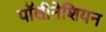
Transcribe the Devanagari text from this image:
पॉलीनेशियन